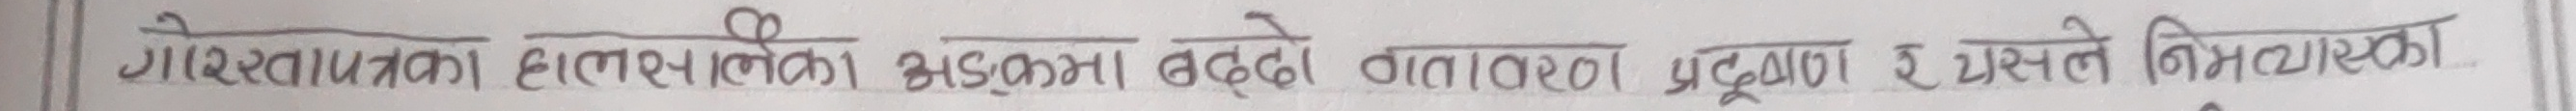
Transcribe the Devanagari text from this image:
गोवरग्यासका हलमलिको अडृमा बढेको वातावरण प्रदुषण र यस्ले निमत्याएका